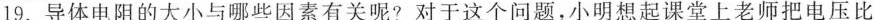
19.导体电阻的大小与哪些因素有关呢?对于这个问题，小明想起课堂上老师把电压比